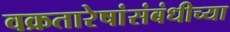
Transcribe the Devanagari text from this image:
वक्रतारेषांसंबंधीच्या